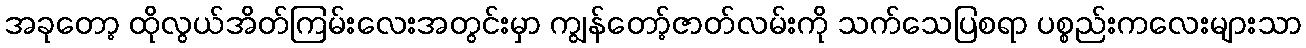
အခုတော့ ထိုလွယ်အိတ်ကြမ်းလေးအတွင်းမှာ ကျွန်တော့်ဇာတ်လမ်းကို သက်သေပြစရာ ပစ္စည်းကလေးများသာ